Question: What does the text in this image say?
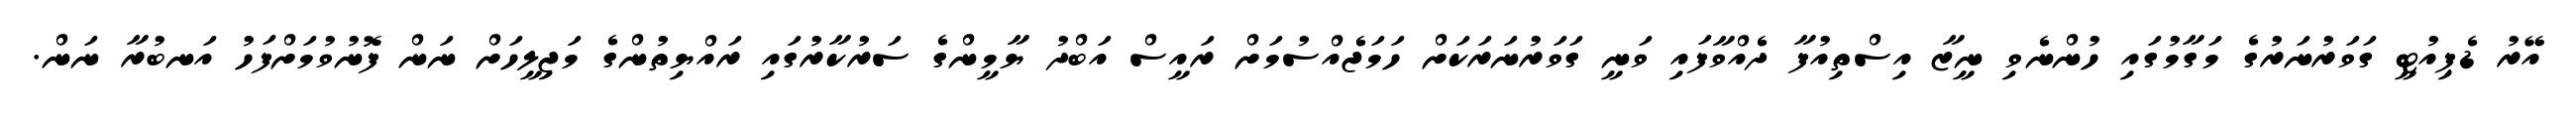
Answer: އޭރު ޑެޕިއުޓީ ގަވަރުނަރުގެ މަގާމުގައި ހުންނެވި ނީޒާ އިސްތިއުފާ ދެއްވާފައި ވަނީ ގަވަރުނަރަކަށް ހަމަޖެއްސުމަށް ރައީސް އަބްދު ޔާމީންގެ ސަރުކާރުގައި ރައްޔިތުންގެ މަޖިލީހަށް ނަން ފޮނުވުމަށްފަހު އަނބުރާ ނަން.